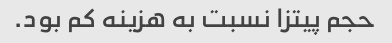
حجم پیتزا نسبت به هزینه کم بود.